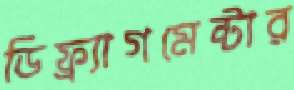
ডিফ্র্যাগমেন্টার